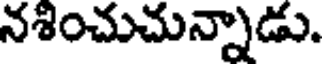
నశించుచున్నాడు.